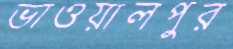
ভাওয়ালপুর